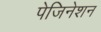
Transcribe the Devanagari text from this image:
पेजिनेशन